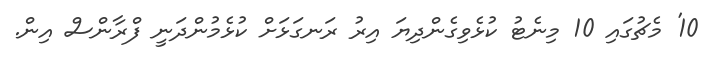
10' މެޗުގައި 10 މިނެޓު ކުޅެވިގެންދިޔަ އިރު ރަނގަޅަށް ކުޅެމުންދަނީ ފްރާންސް އިން.